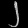
Digit: ၂